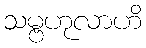
သမ္ဗဟုလာဟိ